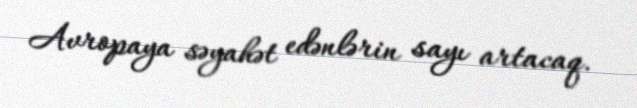
Avropaya səyahət edənlərin sayı artacaq.